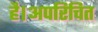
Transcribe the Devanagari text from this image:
है।अपरिचित